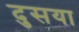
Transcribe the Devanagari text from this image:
दुसया